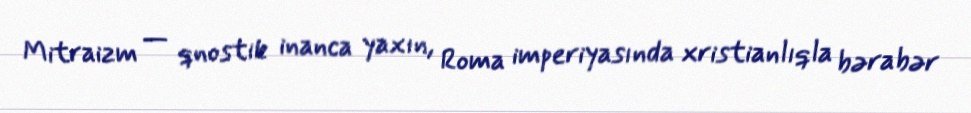
Mitraizm — qnostik inanca yaxın, Roma imperiyasında xristianlıqla bərabər